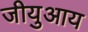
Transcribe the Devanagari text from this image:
जीयुआय